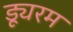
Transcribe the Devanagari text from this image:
ड्यूरम